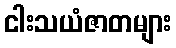
ငါးသယံဇာတများ